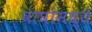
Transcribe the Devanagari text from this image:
वाघांमध्ये